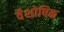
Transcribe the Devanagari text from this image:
वैशोषिक